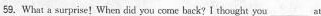
59.What a surprise! When did you come back? I thought you___at